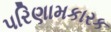
પરિણામકારક